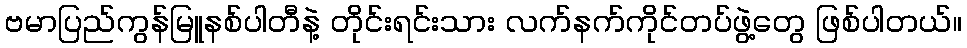
ဗမာပြည်ကွန်မြူနစ်ပါတီနဲ့ တိုင်းရင်းသား လက်နက်ကိုင်တပ်ဖွဲ့တွေ ဖြစ်ပါတယ်။